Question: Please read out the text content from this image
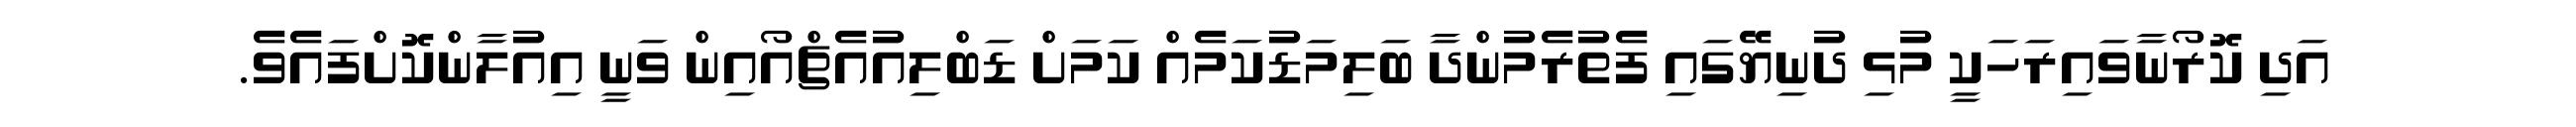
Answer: އަދި ކޮރޯނާވައިރަހަކީ މުޅި ދުނިޔޭގައި ފެތުރެމުންދާ ބަލިމަޑުކަމެއް ކަމަށް ޑަބްލިއުއެޗްއޯއިން ވަނީ އިއުލާންކޮށްފައެވެ.